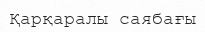
Қарқаралы саябағы